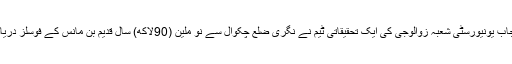
2014ء) پنجاب یونیورسٹی شعبہ زوالوجی کی ایک تحقیقاتی ٹیم نے نگری ضلع چکوال سے نو ملین (90لاکھ) سال قدیم بن مانس کے فوسلز دریافت کئے ہیں۔